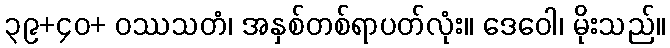
၃၉+၄၀+ ဝဿသတံ၊ အနှစ်တစ်ရာပတ်လုံး။ ဒေဝေါ၊ မိုးသည်။